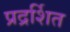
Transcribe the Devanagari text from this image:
प्रद्रर्शित